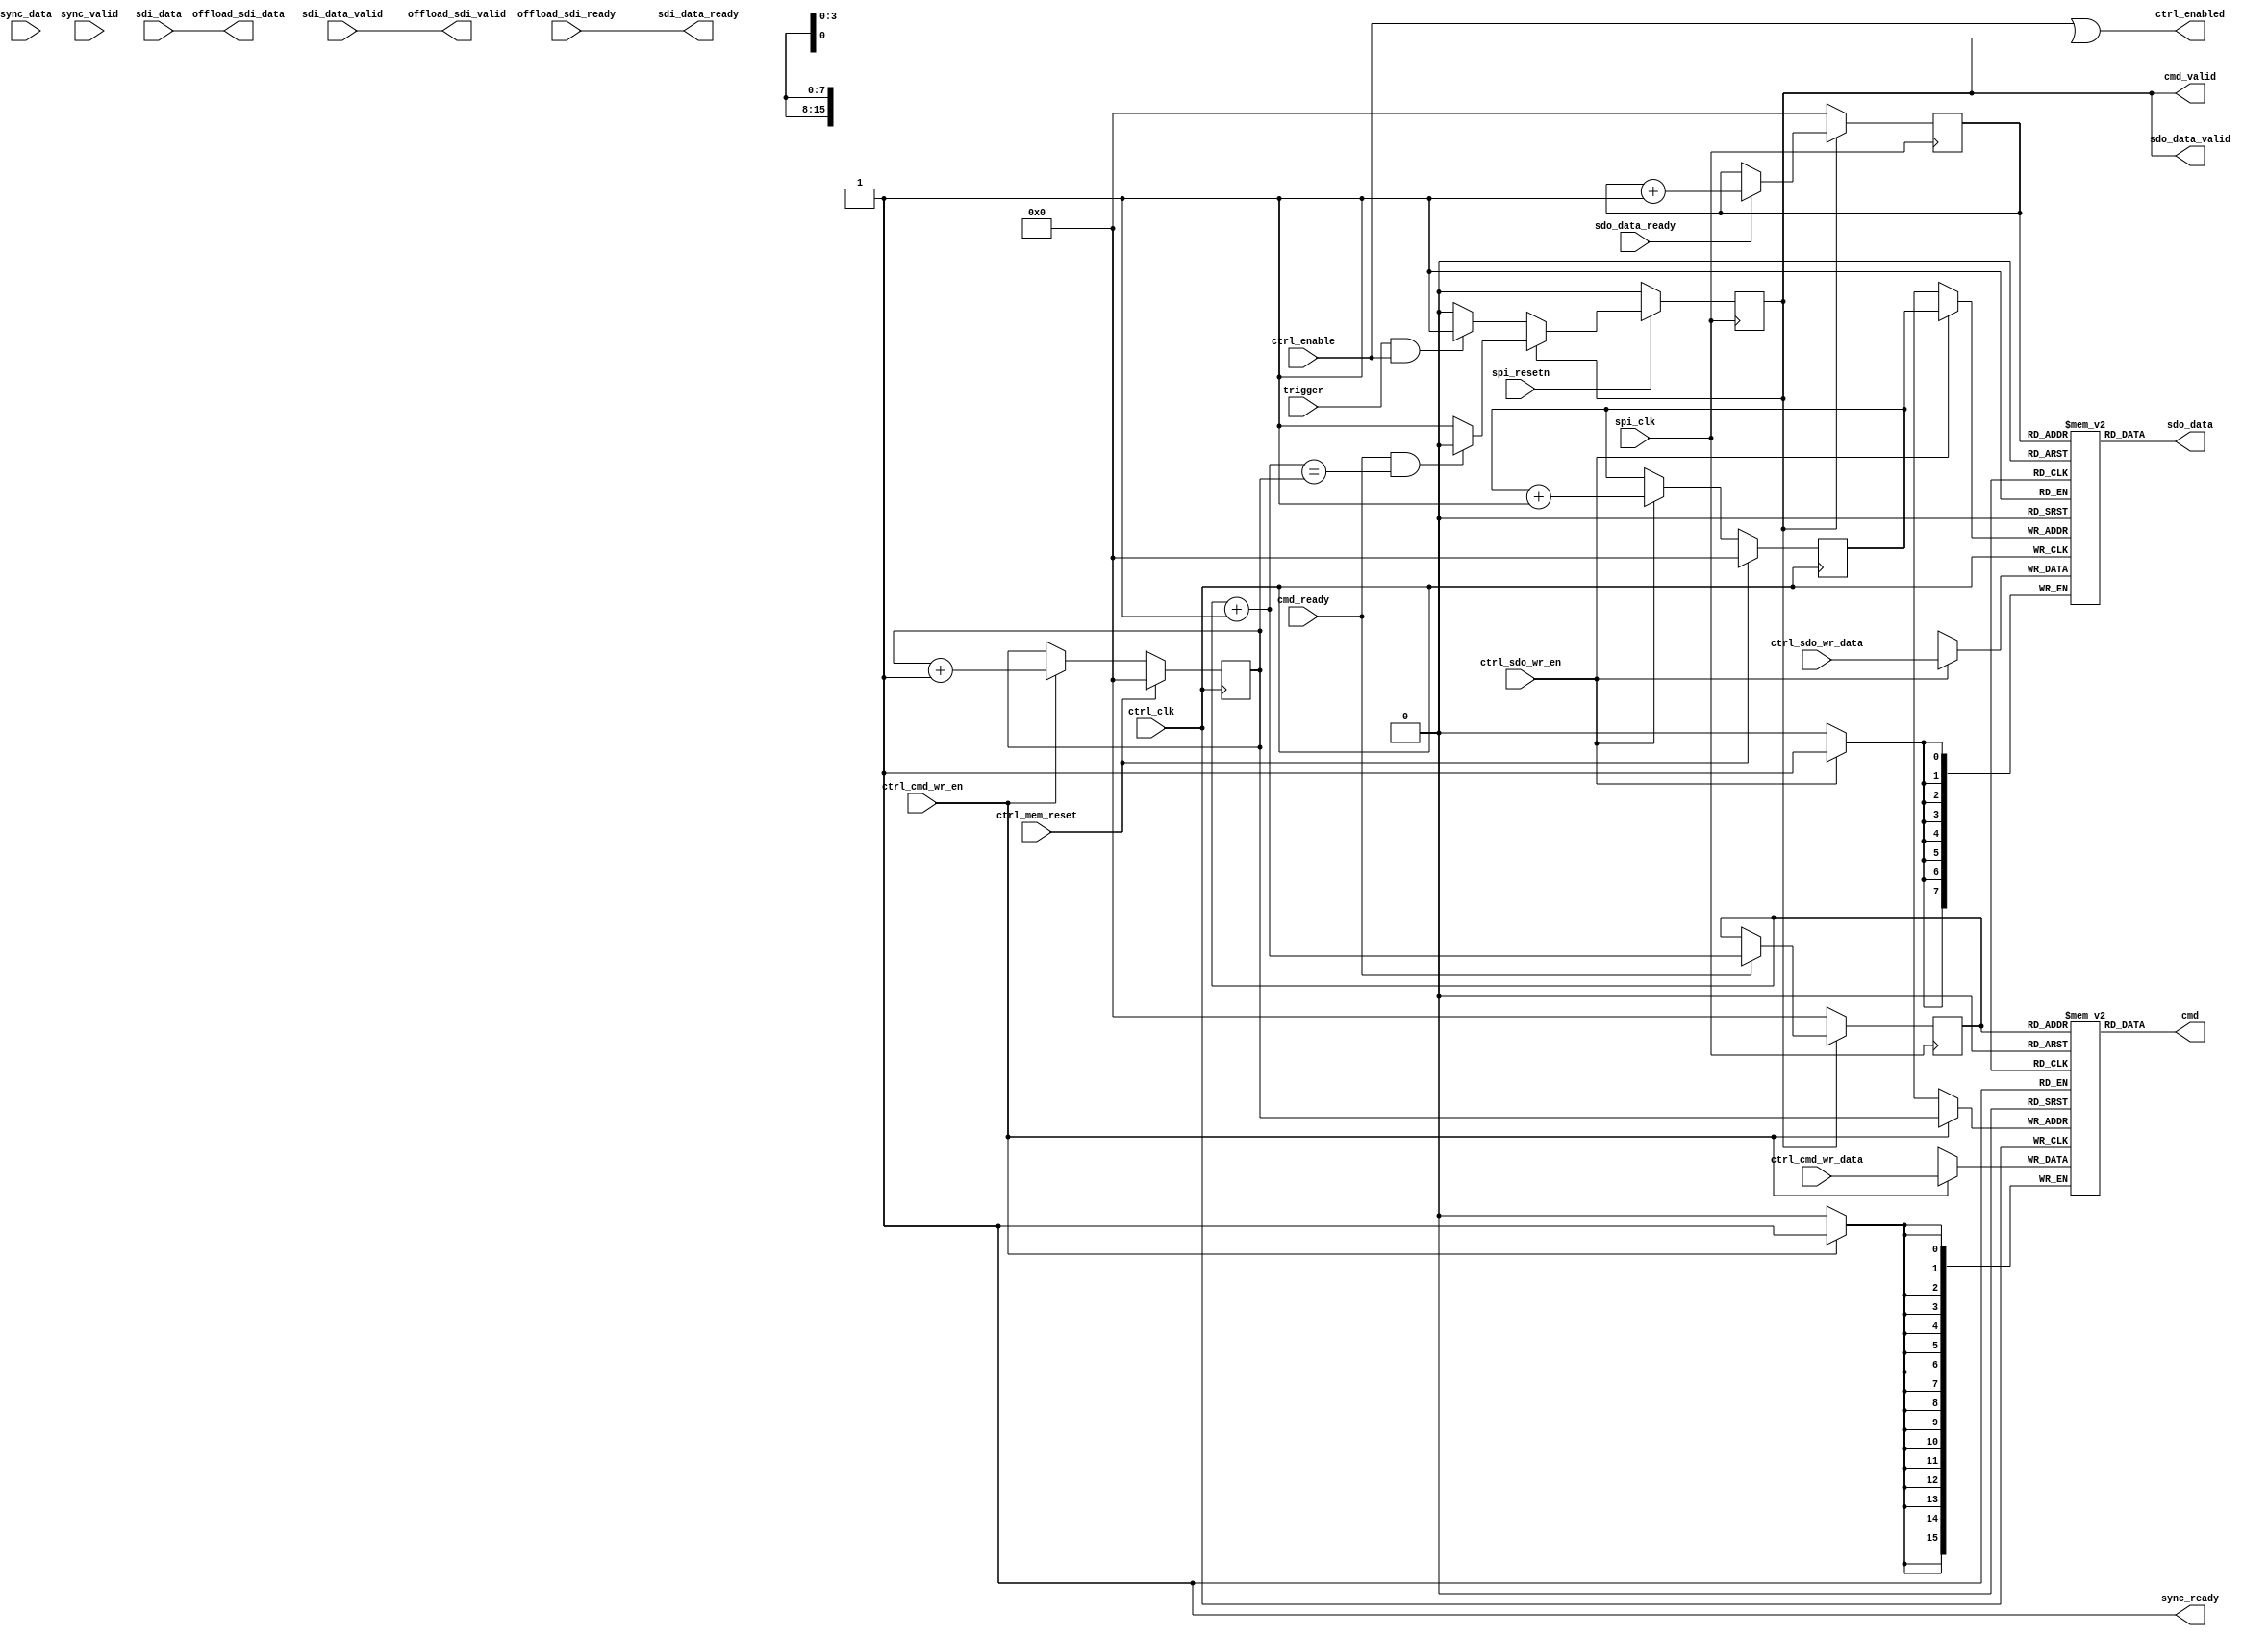
module spi_engine_offload (
	input ctrl_clk,

	input ctrl_cmd_wr_en,
	input [15:0] ctrl_cmd_wr_data,

	input ctrl_sdo_wr_en,
	input [7:0] ctrl_sdo_wr_data,

	input ctrl_enable,
	output ctrl_enabled,
	input ctrl_mem_reset,

	input spi_clk,
	input spi_resetn,

	input trigger,

	output cmd_valid,
	input cmd_ready,
	output [15:0] cmd,

	output sdo_data_valid,
	input sdo_data_ready,
	output [7:0] sdo_data,

	input sdi_data_valid,
	output sdi_data_ready,
	input [7:0] sdi_data,

	input sync_valid,
	output sync_ready,
	input [7:0] sync_data,

	output offload_sdi_valid,
	input offload_sdi_ready,
	output [7:0] offload_sdi_data
);

parameter SPI_CLK_ASYNC = 0;
parameter CMD_MEM_ADDR_WIDTH = 4;
parameter SDO_MEM_ADDR_WIDTH = 4;

reg spi_active = 1'b0;

reg [CMD_MEM_ADDR_WIDTH-1:0] ctrl_cmd_wr_addr = 'h00;
reg [CMD_MEM_ADDR_WIDTH-1:0] spi_cmd_rd_addr = 'h00;
reg [SDO_MEM_ADDR_WIDTH-1:0] ctrl_sdo_wr_addr = 'h00;
reg [SDO_MEM_ADDR_WIDTH-1:0] spi_sdo_rd_addr = 'h00;

reg [15:0] cmd_mem[0:2**CMD_MEM_ADDR_WIDTH-1];
reg [7:0] sdo_mem[0:2**SDO_MEM_ADDR_WIDTH-1];

wire [CMD_MEM_ADDR_WIDTH-1:0] spi_cmd_rd_addr_next;
wire spi_enable;

assign cmd_valid = spi_active;
assign sdo_data_valid = spi_active;
assign sync_ready = 1'b1;

assign offload_sdi_valid = sdi_data_valid;
assign sdi_data_ready = offload_sdi_ready;
assign offload_sdi_data = sdi_data;

assign cmd = cmd_mem[spi_cmd_rd_addr];
assign sdo_data = sdo_mem[spi_sdo_rd_addr];

generate if (SPI_CLK_ASYNC) begin

/*
 * The synchronization circuit takes care that there are no glitches on the
 * ctrl_enabled signal. ctrl_do_enable is asserted whenever ctrl_enable is
 * asserted, but only deasserted once the signal has been synchronized back from
 * the SPI domain. This makes sure that we can't end up in a state where the
 * enable signal in the SPI domain is asserted, but neither enable nor enabled
 * is asserted in the control domain.
 */

reg ctrl_do_enable = 1'b0;
wire ctrl_is_enabled;
reg spi_enabled = 1'b0;

always @(posedge ctrl_clk) begin
	if (ctrl_enable == 1'b1) begin
		ctrl_do_enable <= 1'b1;
	end else if (ctrl_is_enabled == 1'b1) begin
		ctrl_do_enable <= 1'b0;
	end
end

assign ctrl_enabled = ctrl_is_enabled | ctrl_do_enable;

always @(posedge spi_clk) begin
	spi_enabled <= spi_enable | spi_active;	
end

sync_bits # (
    .NUM_BITS(1),
    .CLK_ASYNC(1)
) i_sync_enable (
    .in(ctrl_do_enable),
    .out_clk(spi_clk),
    .out_resetn(1'b1),
    .out(spi_enable)
);

sync_bits # (
    .NUM_BITS(1),
    .CLK_ASYNC(1)
) i_sync_enabled (
    .in(spi_enabled),
    .out_clk(ctrl_clk),
    .out_resetn(1'b1),
    .out(ctrl_is_enabled)
);

end else begin
assign spi_enable = ctrl_enable;
assign ctrl_enabled = spi_enable | spi_active;
end endgenerate

assign spi_cmd_rd_addr_next = spi_cmd_rd_addr + 1;

always @(posedge spi_clk) begin
	if (spi_resetn == 1'b0) begin
		spi_active <= 1'b0;
	end else begin
		if (spi_active == 1'b0) begin
			if (trigger == 1'b1 && spi_enable == 1'b1)
				spi_active <= 1'b1;
		end else if (cmd_ready == 1'b1 && spi_cmd_rd_addr_next == ctrl_cmd_wr_addr) begin
			spi_active <= 1'b0;
		end
	end
end

always @(posedge spi_clk) begin
	if (cmd_valid == 1'b0) begin
		spi_cmd_rd_addr <= 'h00;
	end else if (cmd_ready == 1'b1) begin
		spi_cmd_rd_addr <= spi_cmd_rd_addr_next;
	end
end

always @(posedge spi_clk) begin
	if (spi_active == 1'b0) begin
		spi_sdo_rd_addr <= 'h00;
	end else if (sdo_data_ready == 1'b1) begin
		spi_sdo_rd_addr <= spi_sdo_rd_addr + 1'b1;
	end
end

always @(posedge ctrl_clk) begin
	if (ctrl_mem_reset == 1'b1)
		ctrl_cmd_wr_addr <= 'h00;
	else if (ctrl_cmd_wr_en == 1'b1)
		ctrl_cmd_wr_addr <= ctrl_cmd_wr_addr + 1'b1;
end

always @(posedge ctrl_clk) begin
	if (ctrl_cmd_wr_en == 1'b1)
		cmd_mem[ctrl_cmd_wr_addr] <= ctrl_cmd_wr_data;
end

always @(posedge ctrl_clk) begin
	if (ctrl_mem_reset == 1'b1)
		ctrl_sdo_wr_addr <= 'h00;
	else if (ctrl_sdo_wr_en == 1'b1)
		ctrl_sdo_wr_addr <= ctrl_sdo_wr_addr + 1'b1;
end

always @(posedge ctrl_clk) begin
	if (ctrl_sdo_wr_en == 1'b1)
		sdo_mem[ctrl_sdo_wr_addr] <= ctrl_sdo_wr_data;
end

endmodule